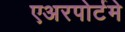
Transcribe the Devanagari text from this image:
एअरपोर्टमे